Annual report of the Imperial Bacteriologist
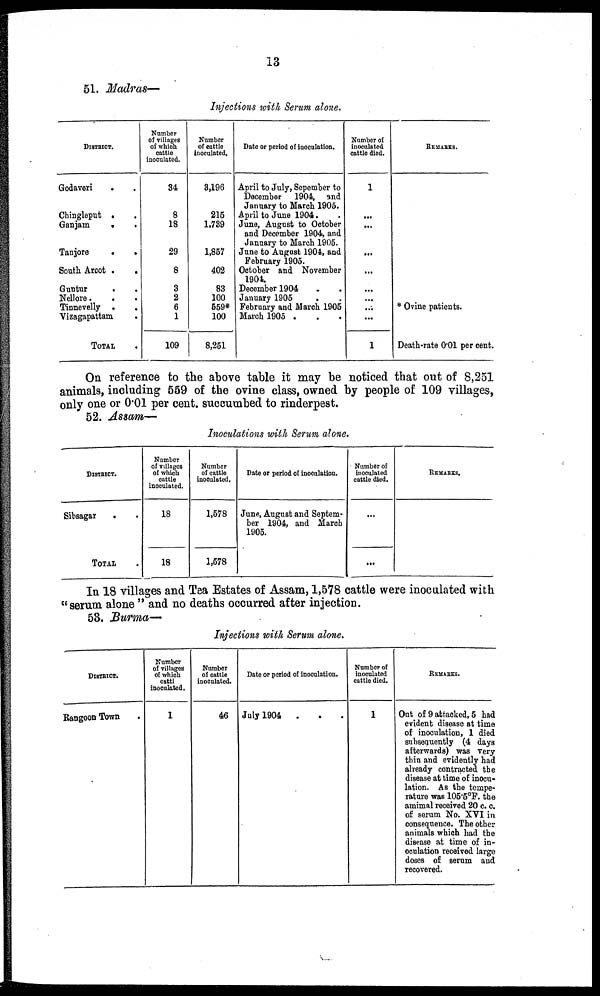
13
51. Madras—
Injections with Serum alone.
DISTRICT.
Godaveri
. .
Chingleput . .
Ganjam
.
.
Tanjore
South Arcot .
Guntur
Nellore.
Tinnevelly .
Vizagapattam .
TOTAL
Number
of villages
of which
cattle
inoculated.
34
8
18
29
8
3
2
6
1
109
Number
of cattle
inoculated.
3,196
215
1,739
1,857
402
83
100
559*
100
8,251
Date or period of inoculation.
April to July, Sepember to
December 1904, and
January to March 1905.
April to June 1904.
June, August to October
and December 1904, and
January to March 1905.
June to August 1901, and
February 1905.
October and November
1904.
December 1904
January 1905
February and March 1905
March 1905 .
Number of
inoculated
cattle died.
1
...
...
...
...
...
...
...
...
1
REMARKS.
* Ovine patients.
Death-rate 0.01 per cent.
On reference to the above table it may be noticed that out of 8,251
animals, including 559 of the ovine class, owned by people of 109 villages,
only one or 0.01 per cent. succumbed to rinderpest.
52. Assam—
Inoculations with Serum alone.
DISTRICT.
Sibsagar
.
TOTAL
Number
of villages
of which
cattle
inoculated.
18
18
Number
of cattle
inoculated.
1,578
1,578
Date or period of inoculation.
June, August and Septem-
ber 1904, and March
1905.
Number of
inoculated
cattle died.
...
...
REMARKS.
In 18 villages and Tea Estates of Assam, 1,578 cattle were inoculated with
"serum alone" and no deaths occurred after injection.
53. Burma—
Injections with Serum alone.
DISTRICT.
Rangoon Town
Number
of villages
of which
cattle
inoculated.
1
Number
of cattle
inoculated.
46
Date or period of inoculation.
July 1904
Number of
inoculated
cattle died.
1
REMARKS.
Out of 9 attacked, 5 had
evident disease at time
of inoculation, 1 died
subsequently (4 days
afterwards) was very
thin and evidently had
already contracted the
disease at time of inocu-
lation. As the tempe-
rature was 105.5°F. the
animal received 20 c. c.
of serum No. XVI in
consequence. The other
animals which had the
disease at time of in-
oculation received large
doses of serum and
recoveved.